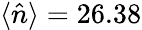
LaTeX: \langle\hat{n}\rangle=26.38